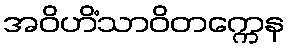
အဝိဟိံသာဝိတက္ကေန